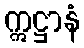
ဣဋ္ဌာနံ